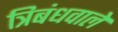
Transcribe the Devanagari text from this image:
त्रिबंधवाले